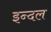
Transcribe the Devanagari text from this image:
इन्दल